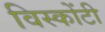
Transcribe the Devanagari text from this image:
विस्कोंटी